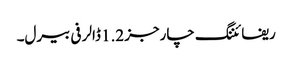
ریفائننگ چارجز 1.2 ڈالر فی بیرل۔